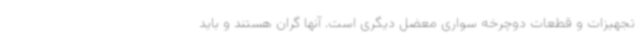
تجهیزات و قطعات دوچرخه سواری معضل دیگری است. آنها گران هستند و باید